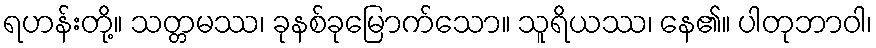
ရဟန်းတို့။ သတ္တမဿ၊ ခုနစ်ခုမြောက်သော။ သူရိယဿ၊ နေ၏။ ပါတုဘာဝါ၊